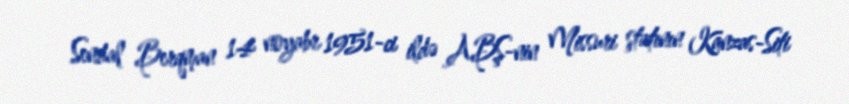
Sendal Berqman 14 noyabr 1951-ci ildə ABŞ-nin Missuri ştatının Kanzas-Siti